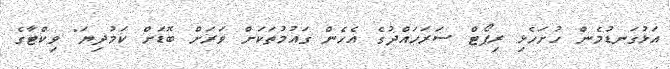
އަޅުގަނޑުމެން ހުށަހެޅި ރިޕޯޓް ސަރަހައްދުގެ އެހެން ގައުމުތަކަށް ވަރަށް ބޮޑަށް ކަމުދިޔަ" ވިކްޓާގެ